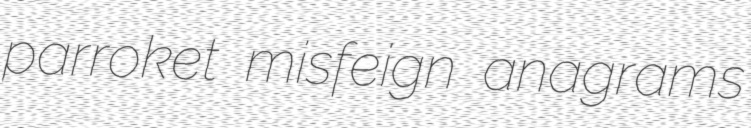
parroket misfeign anagrams